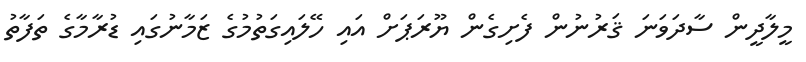
މީލާދީން ސާދަވަނަ ޤަރުނުން ފެށިގެން ޔޫރަޕަށް އައި ހޭލައިގަތުމުގެ ޒަމާނުގައި ޑުރާމާގެ ތަފާތު